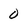
Character: 0